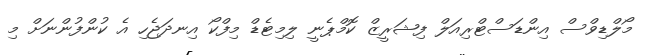
މޯލްޑިވްސް އިންޑަސްޓްރިއަލް ފިޝަރީޒް ކޮމްޕެނީ ލިމިޓެޑް މިފްކޯ އިނދަޖެހި އެ ކުންފުންނަށް މި